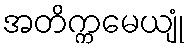
အတိက္ကမေယျုံ